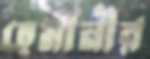
হেমানীর